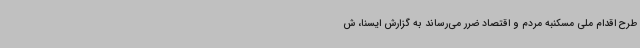
طرح اقدام ملی مسکنبه مردم و اقتصاد ضرر می‌رساند به گزارش ایسنا، ش